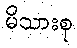
မိသားစု